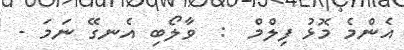
އެންމެ މޮޅު ފިލްމް  :  ވާލޯބި އެނގޭ ނަމަ -